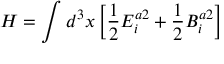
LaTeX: H = \int d ^ { 3 } x \left[ { \frac { 1 } { 2 } } E _ { i } ^ { a 2 } + { \frac { 1 } { 2 } } B _ { i } ^ { a 2 } \right]